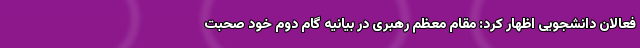
فعالان دانشجویی اظهار کرد: مقام معظم رهبری در بیانیه گام دوم خود صحبت